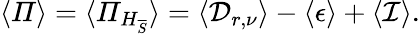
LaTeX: \langle\mathit{\Pi}\rangle=\langle\mathit{\Pi}_{H_{\overline{{S}}}}\rangle=\langle\mathcal{D}_{r,\nu}\rangle-\langle\mathcal{\epsilon}\rangle+\langle\mathcal{I}\rangle.